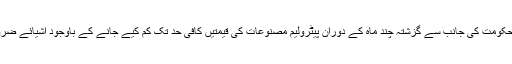
جاری کردہ باضابطہ بیان میں کہا گیا کہ ’وزیراعظم نے اس بات کا سختی سے نوٹس لیا کہ وفاقی حکومت کی جانب سے گزشتہ چند ماہ کے دوران پیٹرولیم مصنوعات کی قیمتیں کافی حد تک کم کیے جانے کے باوجود اشیائے ضروریہ کی قیتموں میں کوئی خاطر خواہ کمی نہیں ہوئی بلکہ اس کے بجائے ان میں اضافہ ہورہا ہے‘۔